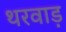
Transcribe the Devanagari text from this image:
थरवाड़